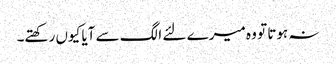
نہ ہوتا تو وہ میرے لئے الگ سے آیا کیوں رکھتے۔